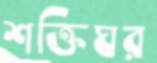
শক্তিঘর